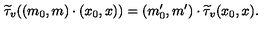
\widetilde { \tau } _ { v } ( ( m _ { 0 } , m ) \cdot ( x _ { 0 } , x ) ) = ( m _ { 0 } ^ { \prime } , m ^ { \prime } ) \cdot \widetilde { \tau } _ { v } ( x _ { 0 } , x ) .